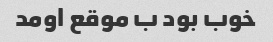
خوب بود ب موقع اومد